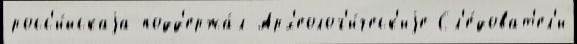
росс'и́йскаjа подд'ержа́л Арх'еолог'и́ческ'иjе Сл'е́доват'ел'и